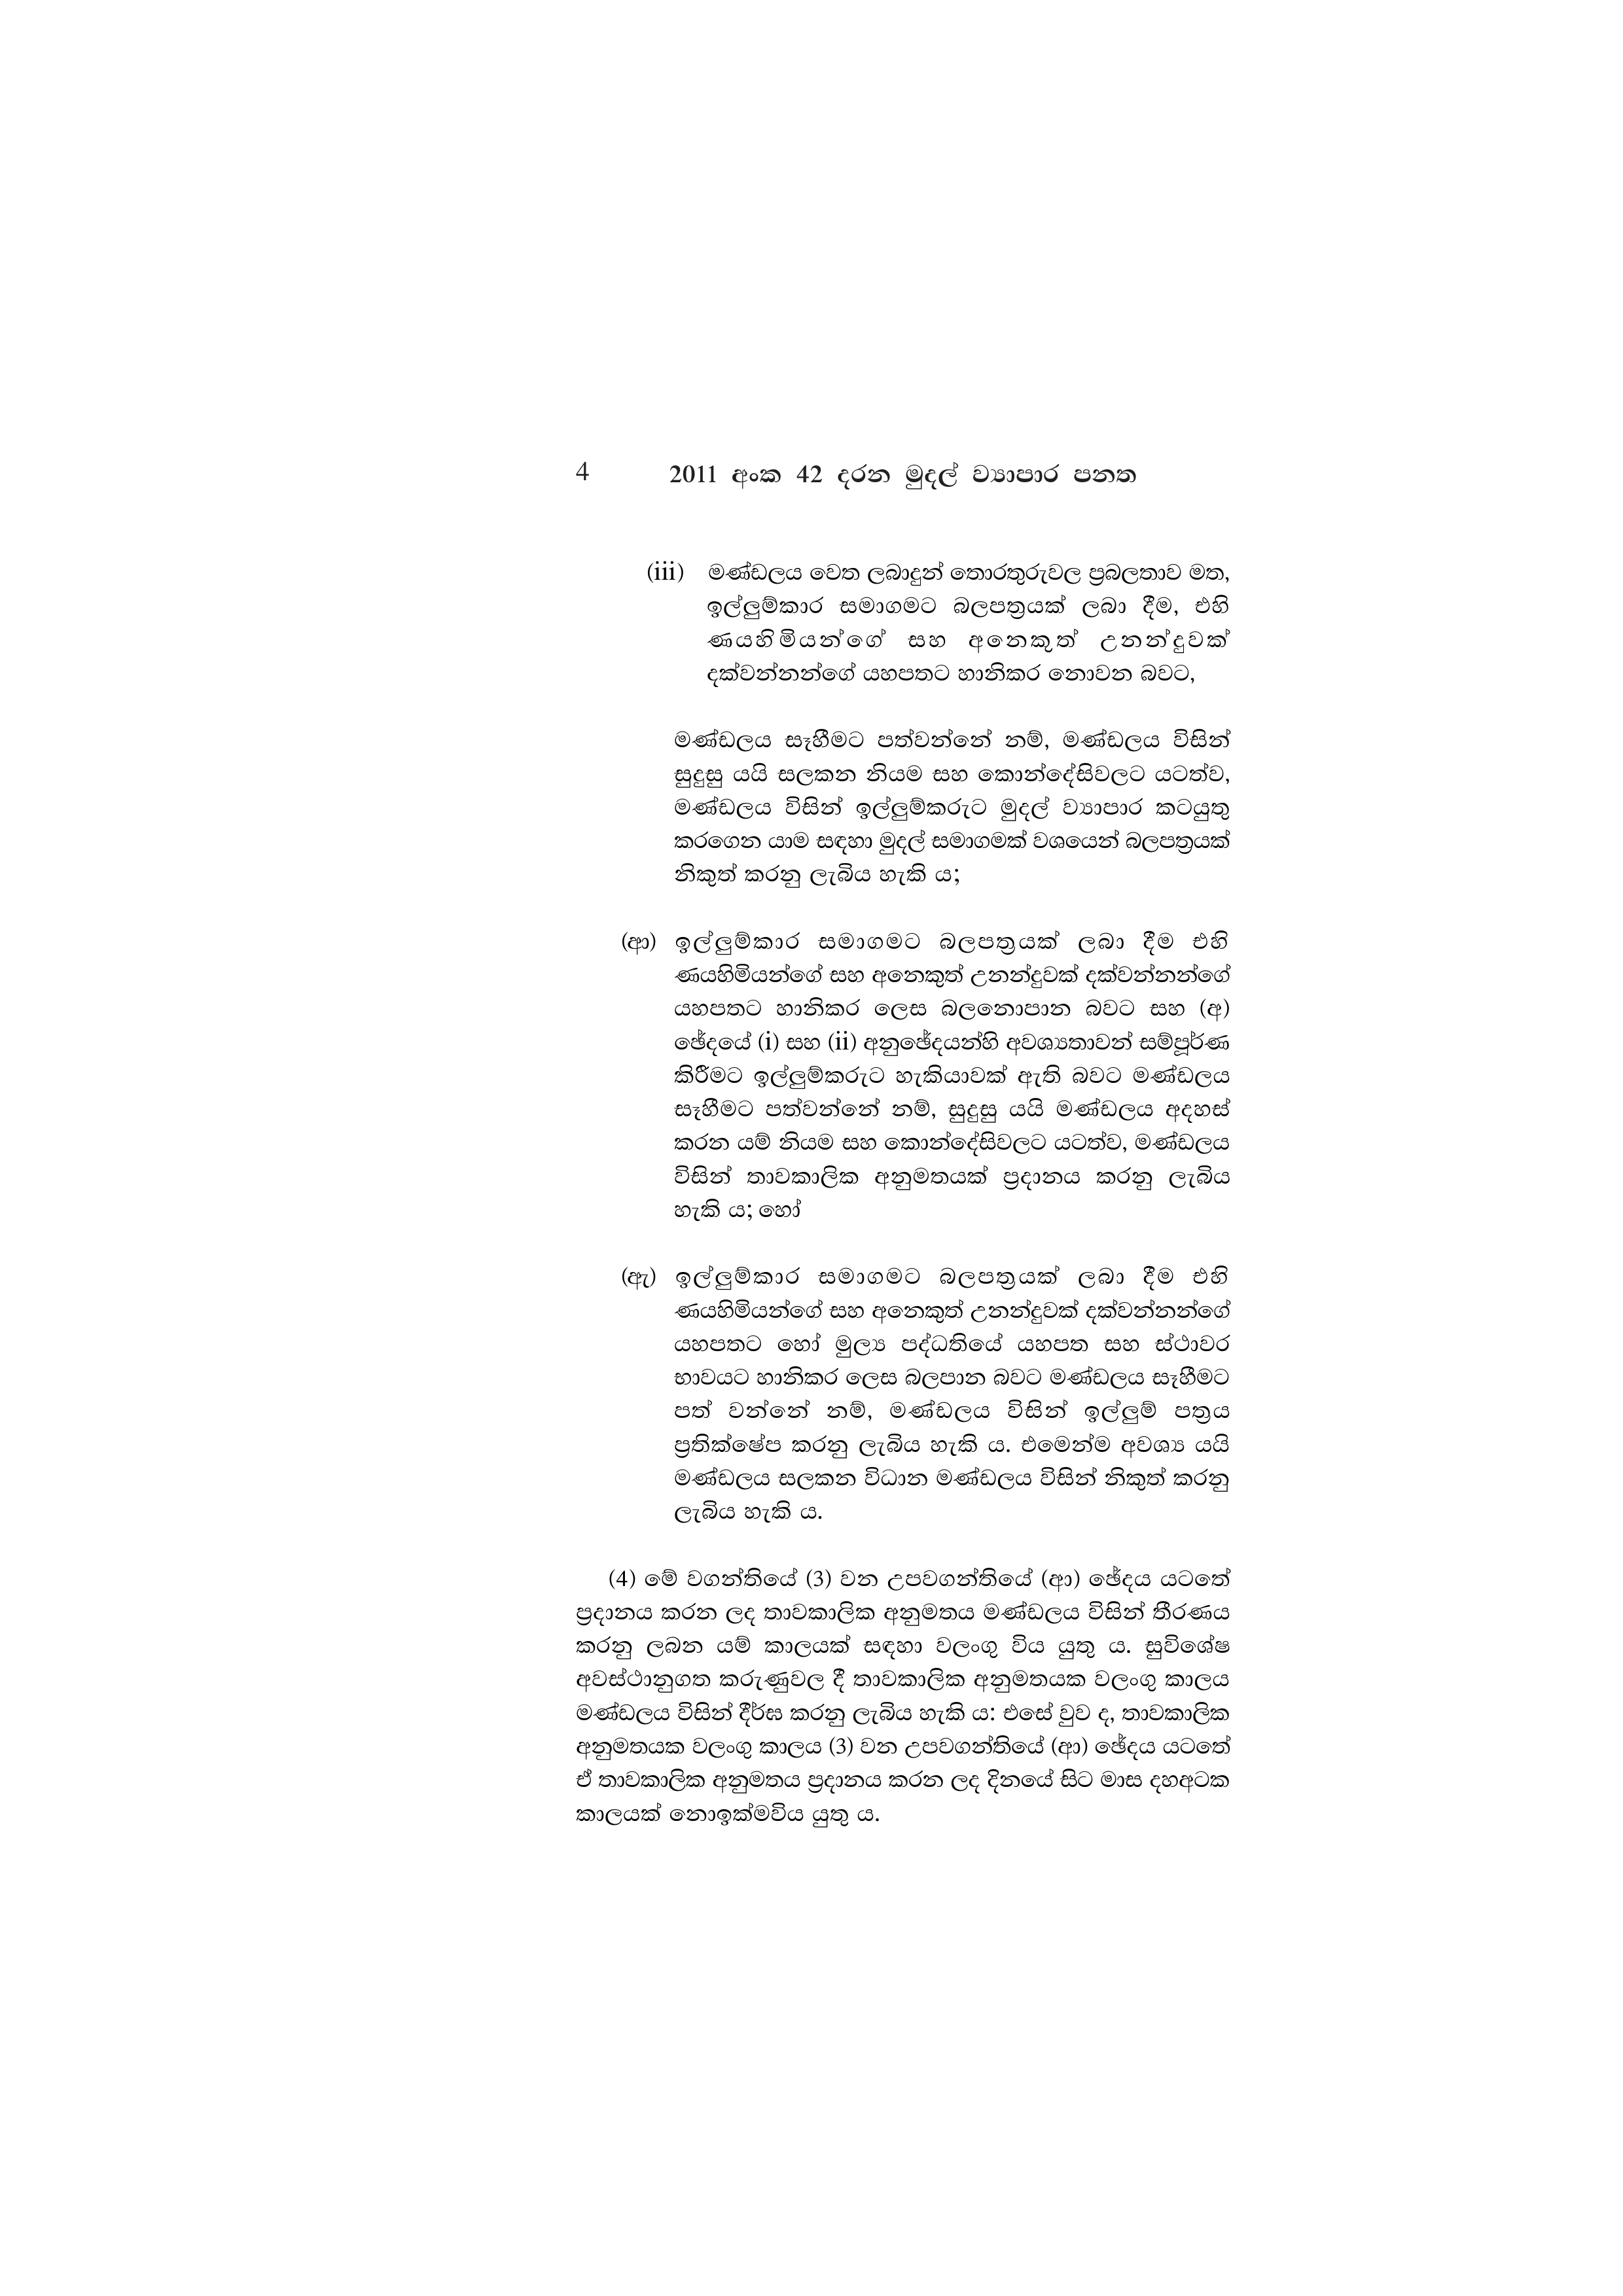
4 2011 අංක 42 දරන මුදල් ව්‍යාපාර පනත

(iii) මණ්ඩලය වෙත ලබාදුන් තොරතුරුවල ප්‍රබලතාව මත,
ඉල්ලුම්කාර සමාගමට බලපත්‍රයක් ලබා දීම, එහි
ණයහිමියන්ගේ සහ අනෙකුත් උනන්දුවක්
දක්වන්නන්ගේ යහපතට හානිකර නොවන බවට,

මණ්ඩලය සෑහීමට පත්වන්නේ නම්, මණ්ඩලය විසින්
සුදුසු යයි සලකන නියම සහ කොන්දේසිවලට යටත්ව,
මණ්ඩලය විසින් ඉල්ලුම්කරුට මුදල් ව්‍යාපාර කටයුතු
කරගෙන යාම සඳහා මුදල් සමාගමක් වශයෙන් බලපත්‍රයක්
නිකුත් කරනු ලැබිය හැකි ය;

(ආ) ඉල්ලුම්කාර සමාගමට බලපත්‍රයක් ලබා දීම එහි
ණයහිමියන්ගේ සහ අනෙකුත් උනන්දුවක් දක්වන්නන්ගේ
යහපතට හානිකර ලෙස බලනොපාන බවට සහ (අ)
ඡේදයේ (i) සහ (ii) අනුඡේදයන්හි අවශ්‍යතාවන් සම්පූර්ණ
කිරීමට ඉල්ලුම්කරුට හැකියාවක් ඇති බවට මණ්ඩලය
සෑහීමට පත්වන්නේ නම්, සුදුසු යයි මණ්ඩලය අදහස්
කරන යම් නියම සහ කොන්දේසිවලට යටත්ව, මණ්ඩලය
විසින් තාවකාලික අනුමතයක් ප්‍රදානය කරනු ලැබිය
හැකි ය; හෝ

(ඇ) ඉල්ලුම්කාර සමාගමට බලපත්‍රයක් ලබා දීම එහි
ණයහිමියන්ගේ සහ අනෙකුත් උනන්දුවක් දක්වන්නන්ගේ
යහපතට හෝ මුල්‍ය පද්ධතියේ යහපත සහ ස්ථාවර
භාවයට හානිකර ලෙස බලපාන බවට මණ්ඩලය සෑහීමට
පත් වන්නේ නම්, මණ්ඩලය විසින් ඉල්ලුම් පත්‍රය
ප්‍රතික්ෂේප කරනු ලැබිය හැකි ය. එමෙන්ම අවශ්‍ය යයි
මණ්ඩලය සලකන විධාන මණ්ඩලය විසින් නිකුත් කරනු
ලැබිය හැකි ය.

(4) මේ වගන්තියේ (3) වන උපවගන්තියේ (ආ) ඡේදය යටතේ
ප්‍රදානය කරන ලද තාවකාලික අනුමතය මණ්ඩලය විසින් තීරණය
කරනු ලබන යම් කාලයක් සඳහා වලංගු විය යුතු ය. සුවිශේෂ
අවස්ථානුගත කරුණුවල දී තාවකාලික අනුමතයක වලංගු කාලය
මණ්ඩලය විසින් දීර්ඝ කරනු ලැබිය හැකි ය. එසේ වුව ද, තාවකාලික
අනුමතයක වලංගු කාලය (3) වන උපවගන්තියේ (ආ) ඡේදය යටතේ
ඒ තාවකාලික අනුමතය ප්‍රදානය කරන ලද දිනයේ සිට මාස දහඅටක
කාලයක් නොඉක්මවිය යුතු ය.